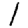
Digit: 1